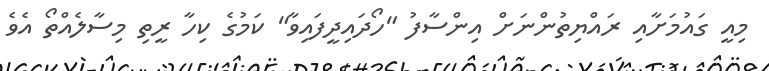
މިއީ ގައުމަށާއި ރައްޔިތުންނަށް އިންސާފު "ހޯދައިދީފައިވާ" ކަމުގެ ކިހާ ރީތި މިސާލެއްތޯ އެވެ